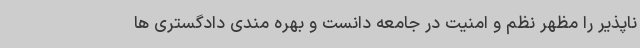
ناپذیر را مظهر نظم و امنیت در جامعه دانست و بهره مندی دادگستری ها